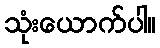
သုံးယောက်ပါ။